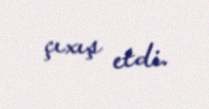
çıxış etdi.